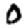
Digit: 0